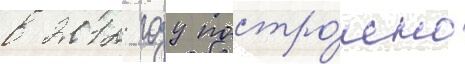
в 2012 году постро́ено